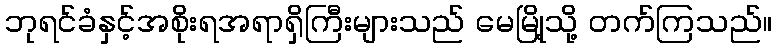
ဘုရင်ခံနှင့်အစိုးရအရာရှိကြီးများသည် မေမြို့သို့ တက်ကြသည်။